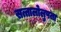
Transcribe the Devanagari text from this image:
सत्तालोलुपता